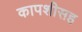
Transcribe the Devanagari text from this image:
कापशीसह